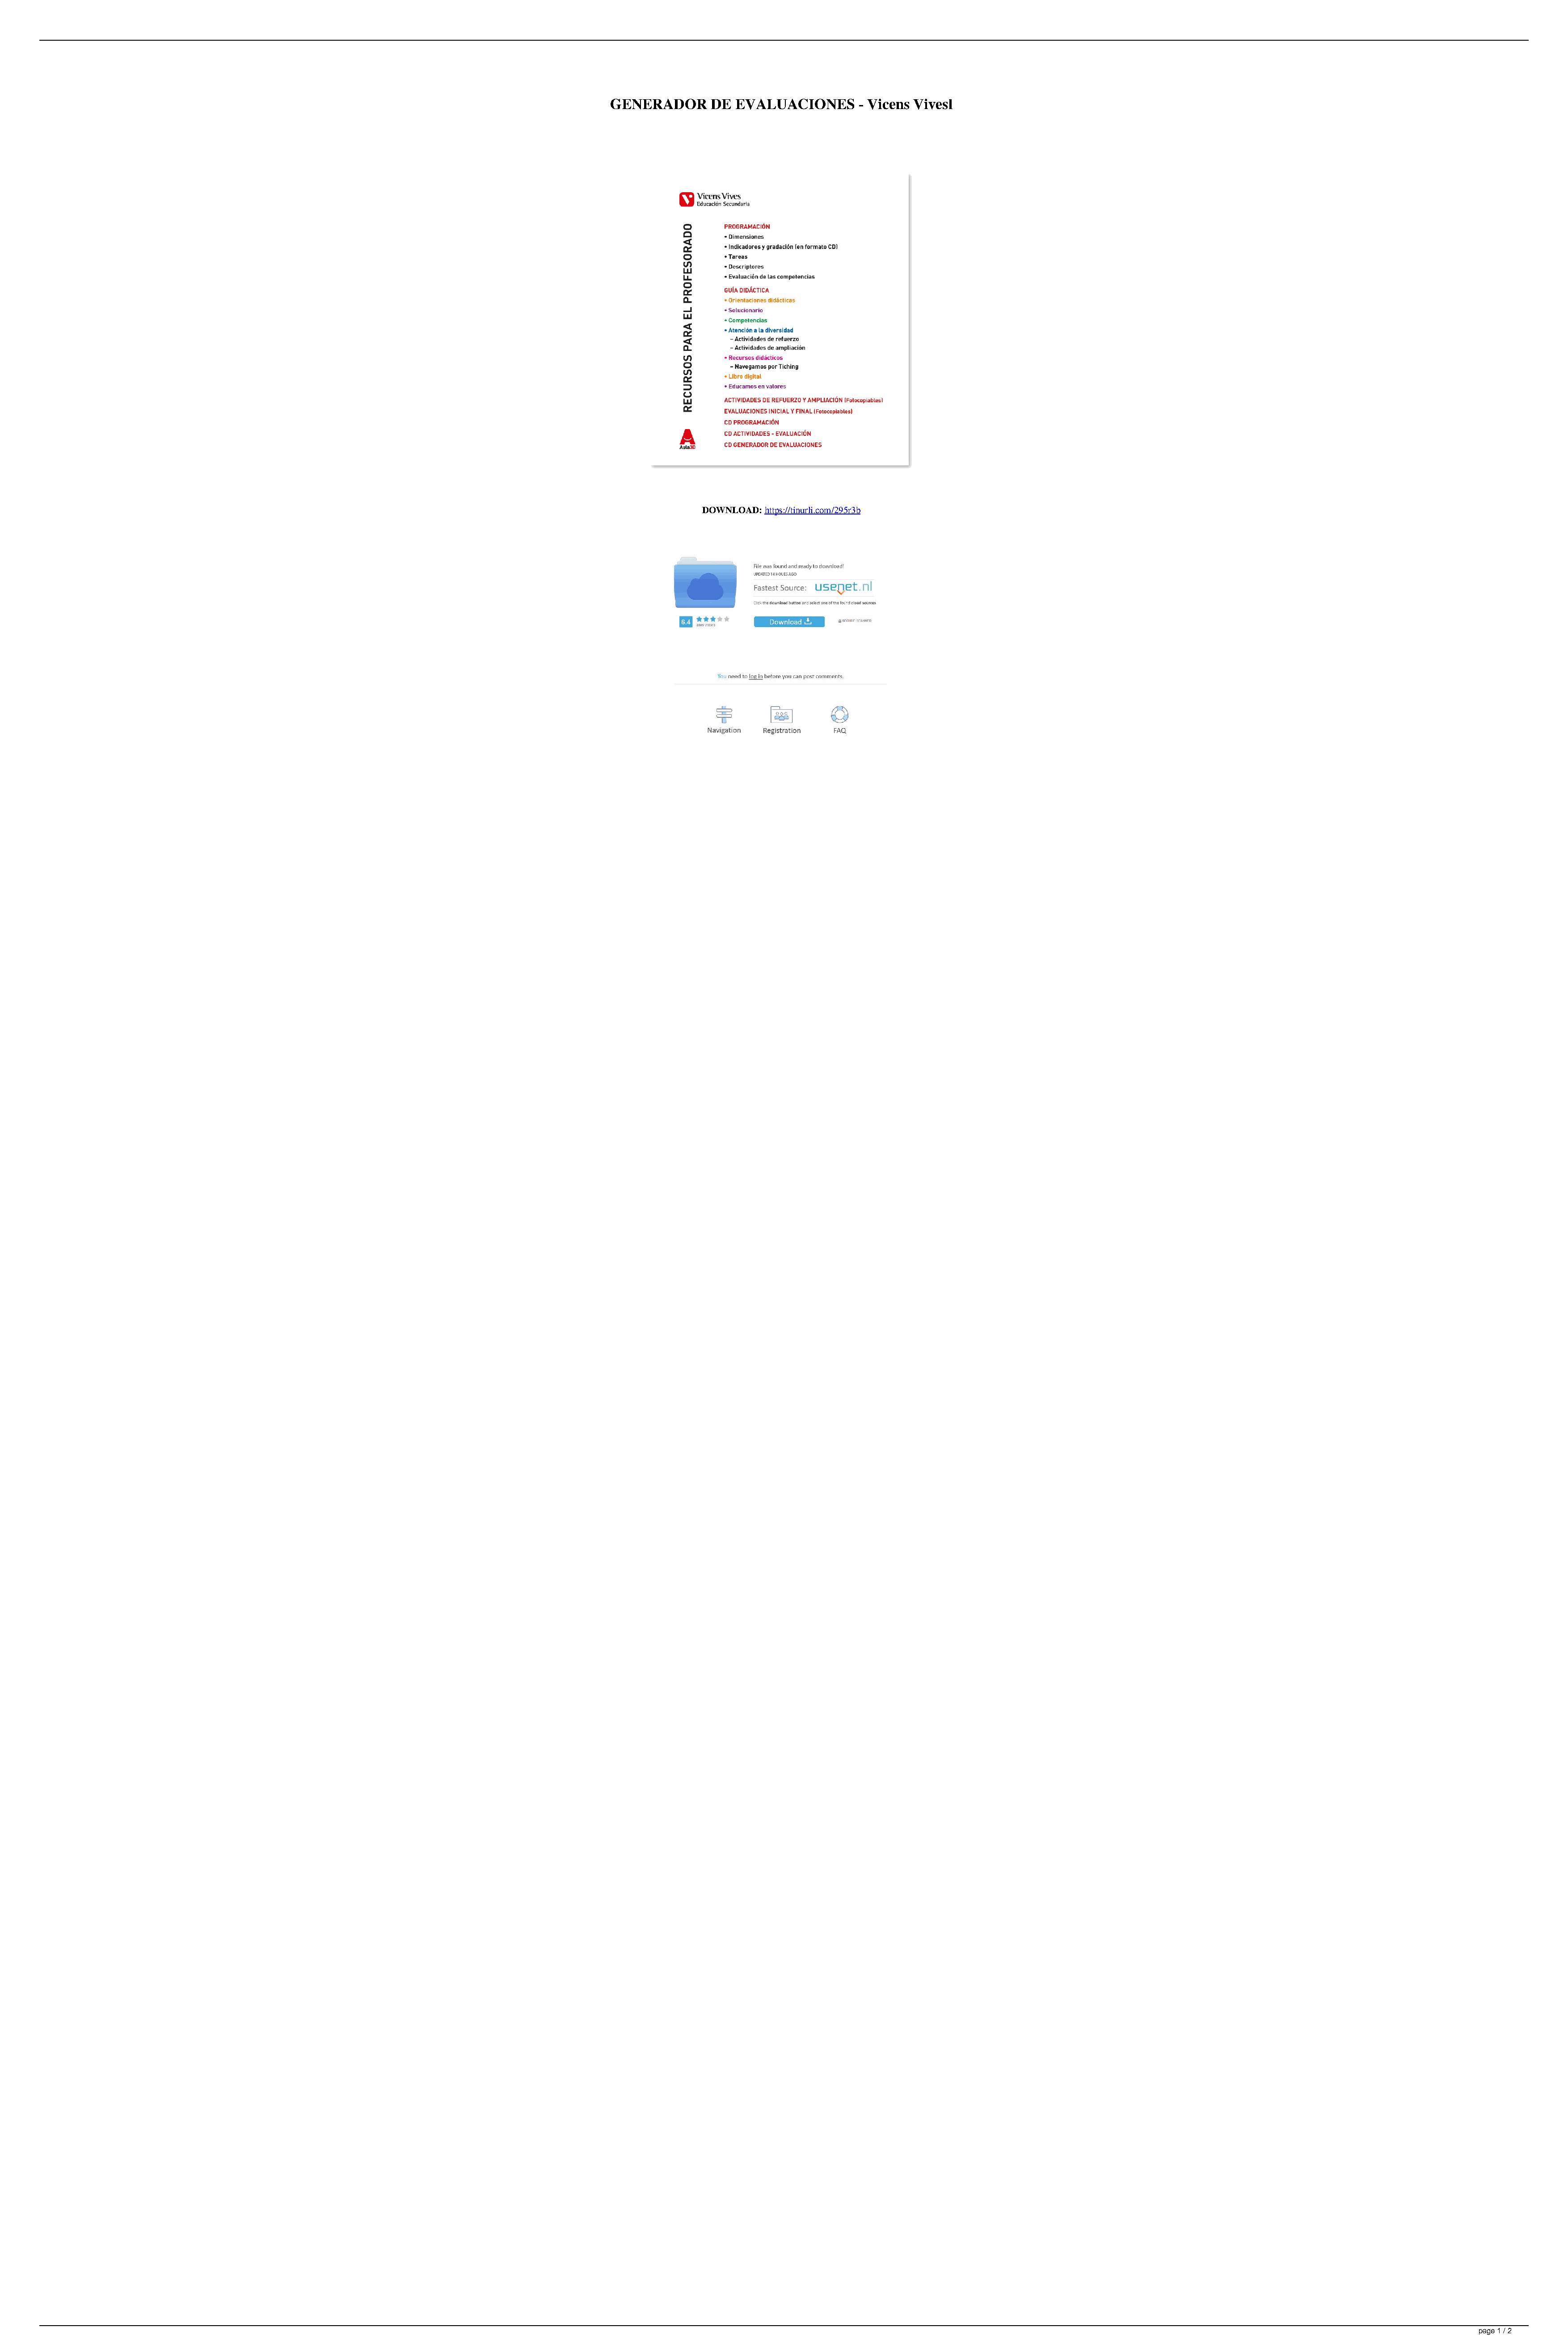
GENERADOR      DE  EVALUACIONES      - Vicens Vivesl
 DOWNLOAD: https://tinurli.com/295r3b
 page 1 / 2